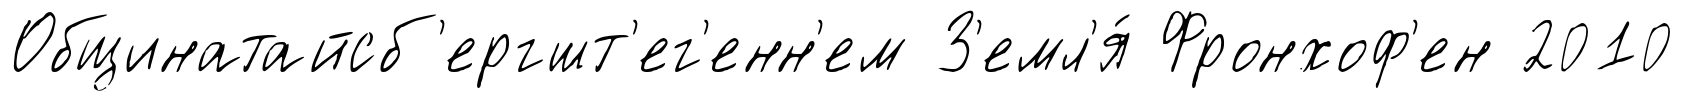
Общинатайсб'ергшт'ег'енн'ем З'емл'я́ Фронхоф'ен 2010